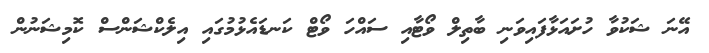
އޭނަ ޝަކުވާ ހުށައަޅާފައިވަނި ބާތިލް ވޯޓާއި ސައްހަ ވޯޓް ކަނޑައެޅުމުގައި އިލެކްޝަންސް ކޮމިޝަނުން